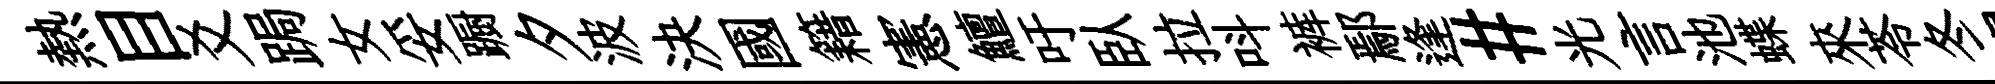
熱目爻跼女妥蹰夕波決國籍憲鱣吁臥拉呌裤鄢逢#光言池蝶來苓冬閨